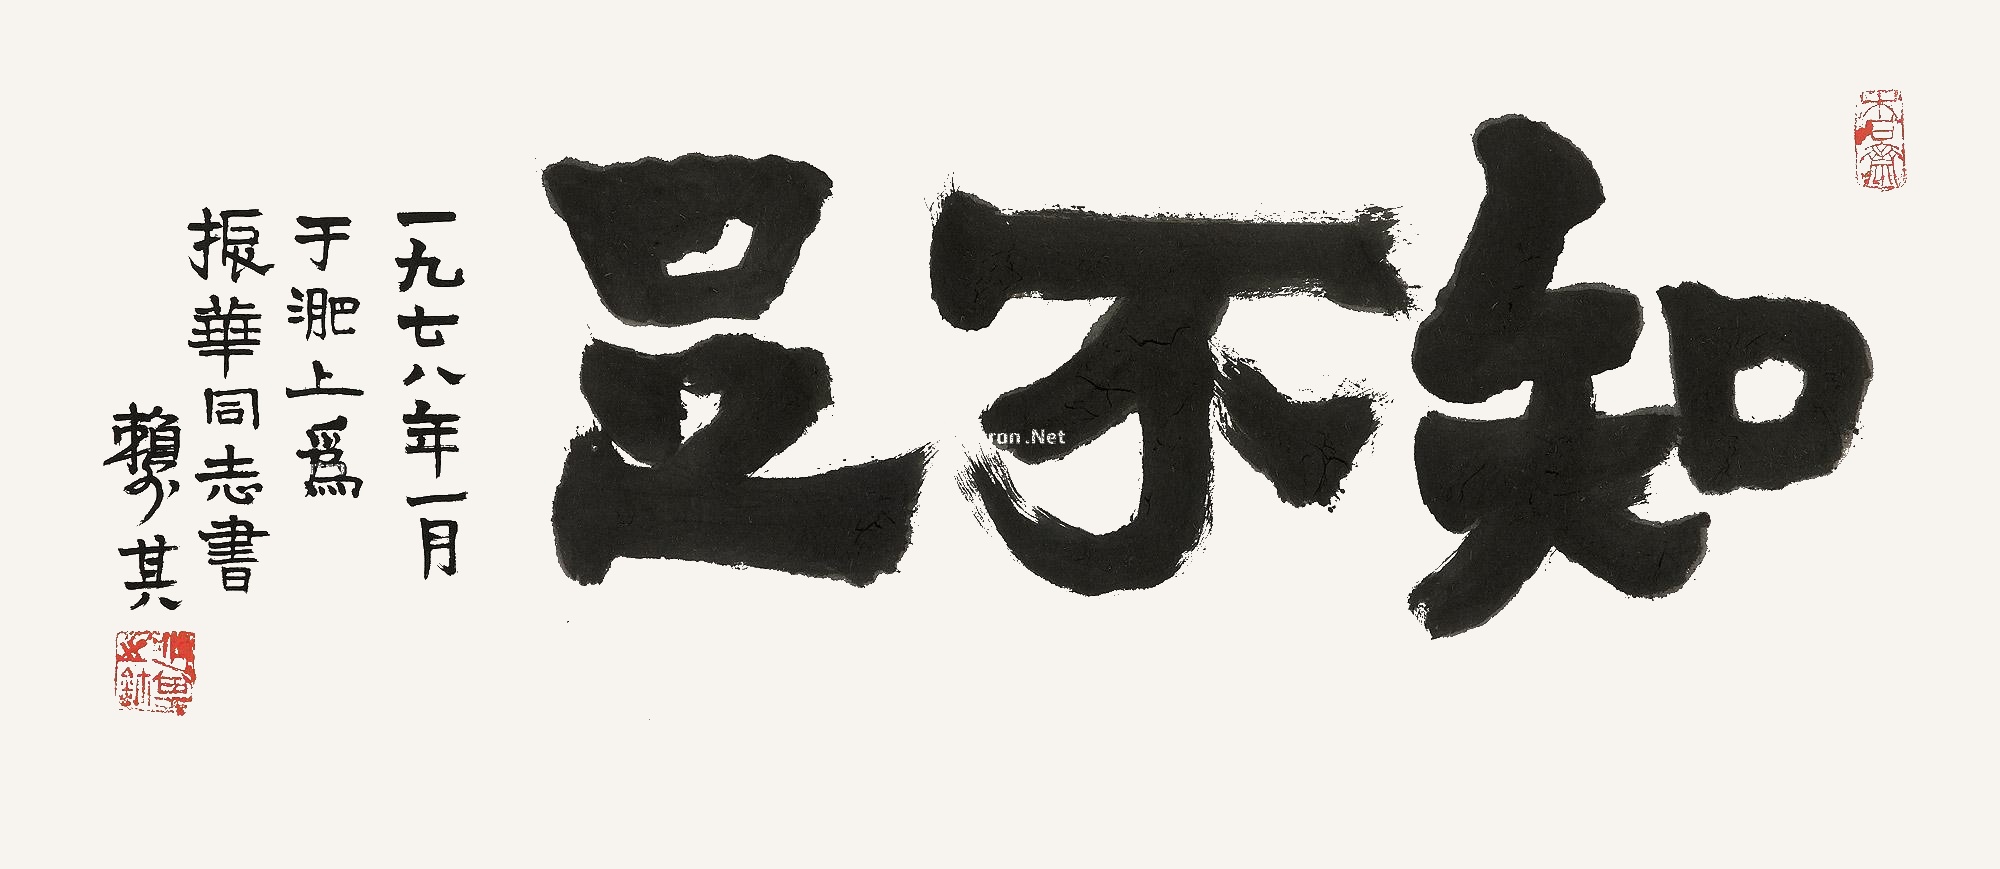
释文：知不足。一九七八年一月于淝上为振华同志书。赖少其。